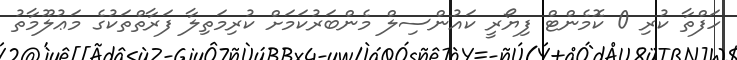
ހަފްތާ ކުރި 0 ކޮމެންޓް ފިޔޯރީ ކައުންސިލް މެންބަރުކަމަށް ކުރިމަތިލާ ފަރާތްތަކުގެ މަޢުލޫމާތު